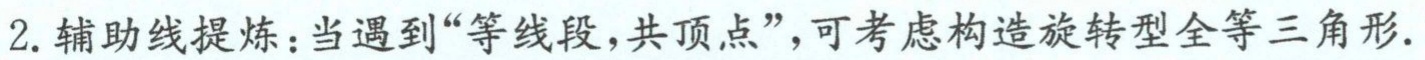
2. 辅助线提炼：当遇到“等线段，共顶点”，可考虑构造旋转型全等三角形.